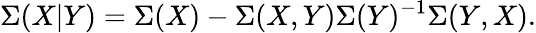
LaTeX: \Sigma(X|Y)=\Sigma(X)-\Sigma(X,Y)\Sigma(Y)^{-1}\Sigma(Y,X).